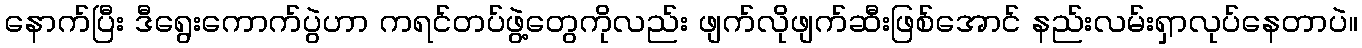
နောက်ပြီး ဒီရွေးကောက်ပွဲဟာ ကရင်တပ်ဖွဲ့တွေကိုလည်း ဖျက်လိုဖျက်ဆီးဖြစ်အောင် နည်းလမ်းရှာလုပ်နေတာပဲ။